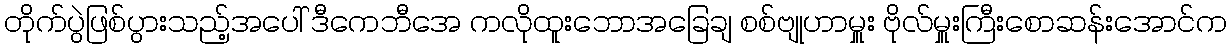
တိုက်ပွဲဖြစ်ပွားသည့်အပေါ် ဒီကေဘီအေ ကလိုထူးဘောအခြေချ စစ်ဗျုဟာမှူး ဗိုလ်မှူးကြီးစောဆန်းအောင်က